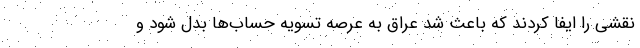
نقشی را ایفا کردند که باعث شد عراق به عرصه تسویه حساب‌ها بدل شود و